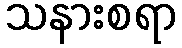
သနားစရာ